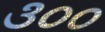
૩૦૦